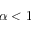
\alpha < 1